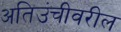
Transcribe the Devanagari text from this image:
अतिउंचीवरील